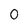
Character: 0